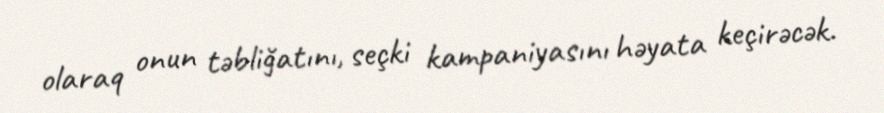
olaraq onun təbliğatını, seçki kampaniyasını həyata keçirəcək.